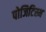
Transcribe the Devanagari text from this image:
पोजिटिस्म